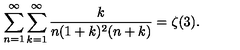
\sum _ { n = 1 } ^ { \infty } \sum _ { k = 1 } ^ { \infty } \frac { k } { n ( 1 + k ) ^ { 2 } ( n + k ) } = \zeta ( 3 ) .